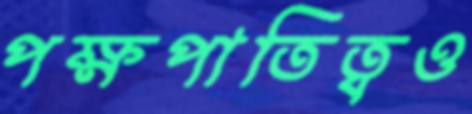
পক্ষপাতিত্বও